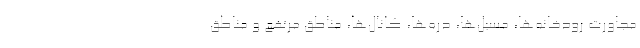
مجاورت رودخانه‌ها، مسیل‌ها، دره‌ها، کانال‌ها، مناطق مرتفع و مناطق